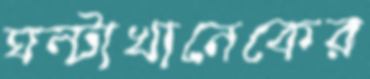
ঘন্টাখানেকের